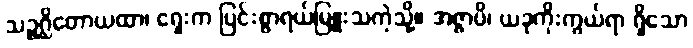
သဉ္ဇဂ္ဃိတောယထာ၊ ရှေးက ပြင်းစွာရယ်မြူးသကဲ့သို့။ အဇ္ဇာပိ၊ ယခုကိုးကွယ်ရာ ရှိသော